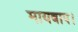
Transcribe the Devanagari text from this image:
मायबाप।